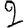
Digit: 2